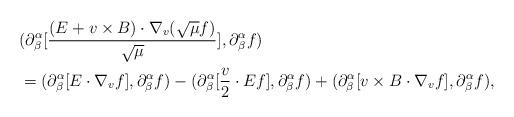
LaTeX: \begin{align*}&(\partial_{\beta}^{\alpha}[\frac{(E+v\times B)\cdot\nabla_{v}(\sqrt{\mu}f)}{\sqrt{\mu}}],\partial_{\beta}^{\alpha}f)\\&=(\partial^\alpha_\beta[E\cdot\nabla_{v}f],\partial_{\beta}^\alpha f)-(\partial^\alpha_\beta[\frac{v}{2}\cdot E f],\partial_{\beta}^\alpha f)+(\partial^\alpha_\beta[v\times B\cdot\nabla_{v}f],\partial_{\beta}^\alpha f),\end{align*}